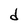
Character: d